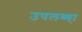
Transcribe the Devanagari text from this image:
उपलब्ध्ा